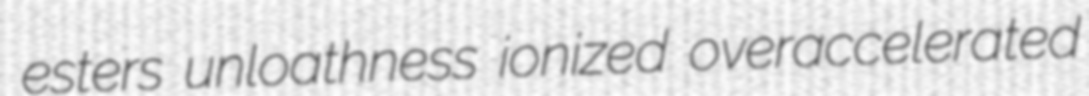
esters unloathness ionized overaccelerated